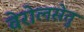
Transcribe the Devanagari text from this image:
वेरोलसेतु